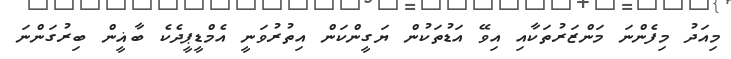
މިއަދު މިފެންނަ މަންޒަރުތަކާއި އިވޭ އަޑުތަކުން ޔަގީންކަން އިތުރުވަނީ އެމްޑީޕީދެކެ ބާޣީން ބިރުގަންނަ